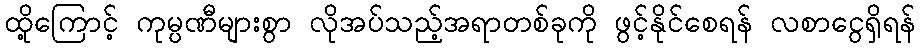
ထို့ကြောင့် ကုမ္ပဏီများစွာ လိုအပ်သည့်အရာတစ်ခုကို ဖွင့်နိုင်စေရန် လစာငွေရှိရန်